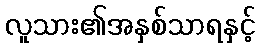
လူသား၏အနှစ်သာရနှင့်